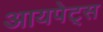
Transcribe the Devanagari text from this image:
आयपेट्स